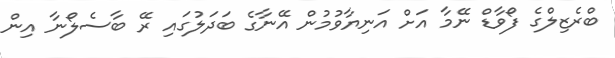
ބްރެޒިލްގެ ފޯވާޑް ނޭމާ އަށް އަނިޔާވުމުން އޭނާގެ ބަދަލުގައި ރޭ ބާސެލޯނާ އިން